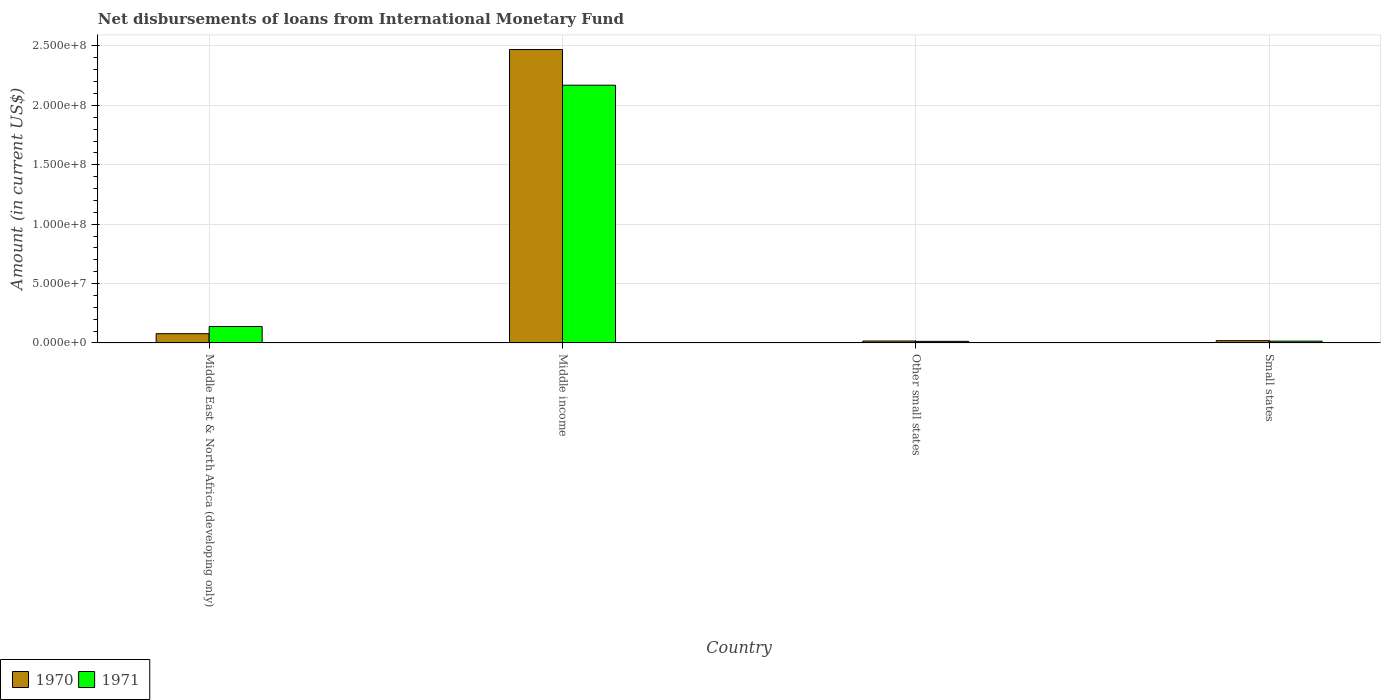
| Country | 1970 | 1971 |
 | --- | --- | --- |
 | Middle East & North Africa (developing only) | 7.79e+06 | 1.38e+07 |
 | Middle income | 2.47e+08 | 2.17e+08 |
 | Other small states | 1.61e+06 | 1.32e+06 |
 | Small states | 1.91e+06 | 1.5e+06 |